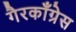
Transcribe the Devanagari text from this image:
गैरकाँग्रेस